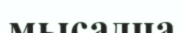
мысадца